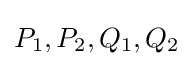
P_{1},P_{2},Q_{1},Q_{2}